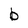
Character: b